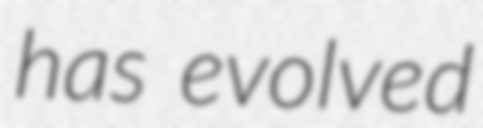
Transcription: has evolved